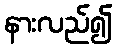
နားလည်၍